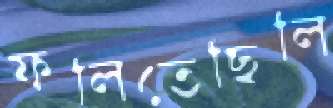
ফলিতেছিলি